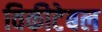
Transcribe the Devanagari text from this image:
विकीटेबल